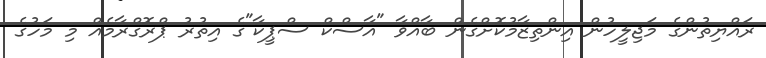
ރައްޔިތުންގެ މަޖިލީހުން އިންތިޒާމުކޮށްގެން ބާއްވާ "އާސްކް ސްޕީކާ"ގެ އިތުރު ޕްރޮގްރާމެއް މި މަހުގެ